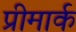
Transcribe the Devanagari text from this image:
प्रीमार्क